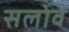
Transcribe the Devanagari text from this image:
सलोवे